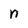
Character: n